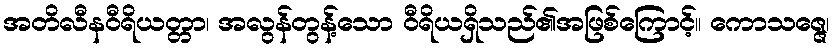
အတိလီနဝီရိယတ္တာ၊ အလွန်တွန့်သော ဝီရိယရှိသည်၏အဖြစ်ကြောင့်။ ကောသဇ္ဇေ၊